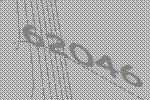
62046